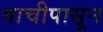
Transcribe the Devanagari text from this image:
माचीपासून